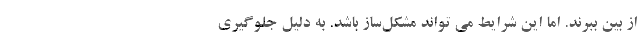
از بین ببرند. اما این شرایط می تواند مشکل‌ساز باشد. به دلیل جلوگیری